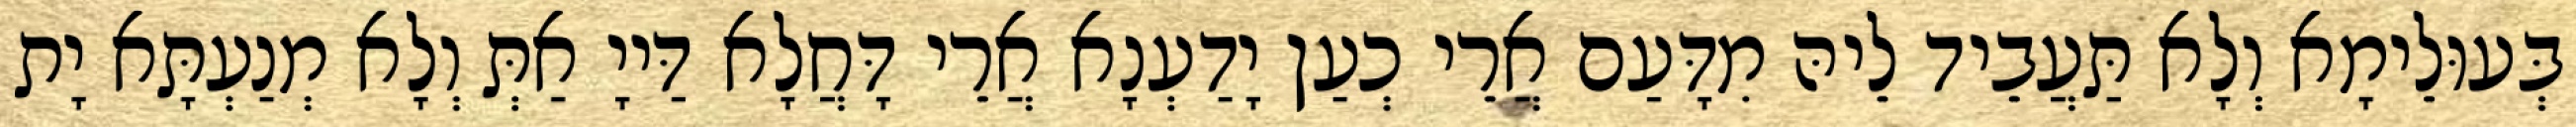
בְּעוּלֵימָא וְלָא תַּעֲבֵיד לֵיהּ מִדָּעַם אֲרֵי כְעַן יָדַעְנָא אֲרֵי דָּחֲלָא דַּייָ אַתְּ וְלָא מְנַעְתָּא יָת